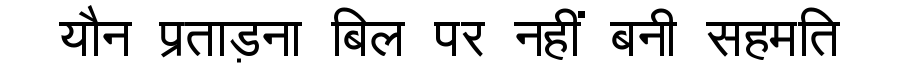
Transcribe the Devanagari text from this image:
यौन प्रताड़ना बिल पर नहीं बनी सहमति